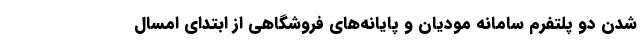
شدن دو پلتفرم سامانه مودیان و پایانه‌های فروشگاهی از ابتدای امسال